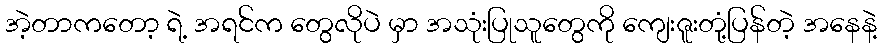
အဲ့တာကတော့ ရဲ့ အရင်က တွေလိုပဲ မှာ အသုံးပြုသူတွေကို ကျေးဇူးတုံ့ပြန်တဲ့ အနေနဲ့